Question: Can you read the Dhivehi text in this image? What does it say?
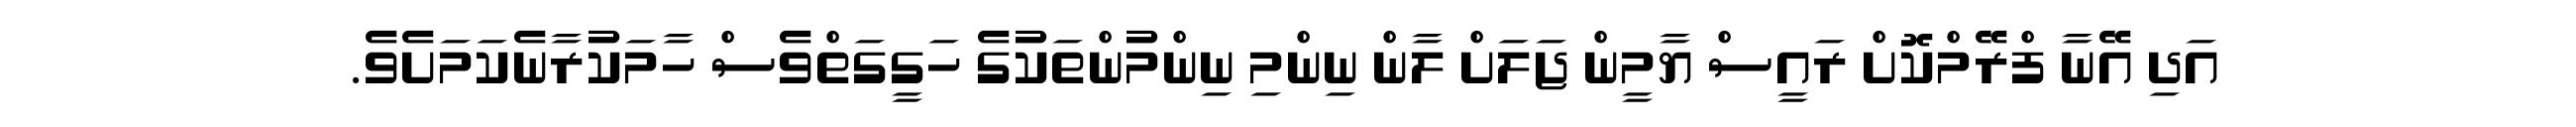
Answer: އަދި އޭނާ ފްރޭމްކޮށް ރައީސް ޔާމީން ޖަލަށް ލާން ނިންމި ނިންމުންތަކުގެ ހަގީގަތްވެސް ހާމަކުރާނެކަމަށެވެ.